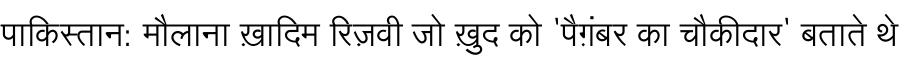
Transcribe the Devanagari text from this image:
पाकिस्तान: मौलाना ख़ादिम रिज़वी जो ख़ुद को 'पैग़ंबर का चौकीदार' बताते थे